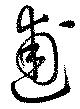
逋